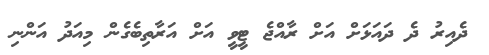
ދެއިރު ދެ ދައަޅަށް އަށް ރާއްޖެ ޓީވީ އަށް އަރާތިބެގެން މިއަދު އަންނި